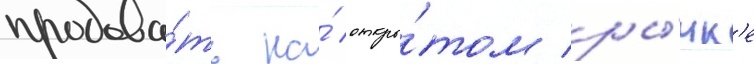
продава́ть на́ откры́том ры́нк'е